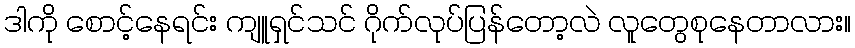
ဒါကို စောင့်နေရင်း ကျူရှင်သင် ဂိုက်လုပ်ပြန်တော့လဲ လူတွေစုနေတာလား။